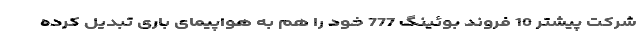
شرکت پیشتر 10 فروند بوئینگ 777 خود را هم به هواپیمای باری تبدیل کرده